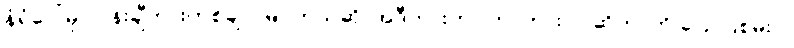
နံရံပေါ်မှာ ပန်းချီကားတစ်ချပ် မြင်တယ်ဆို၊ အဲဒီကားဟာ ဘာကားလဲ ဆိုတာကို ပြောပြစမ်းပါ